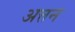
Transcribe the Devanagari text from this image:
अत्तन